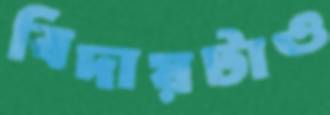
বিদায়টাও